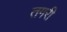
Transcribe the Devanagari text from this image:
तगरी